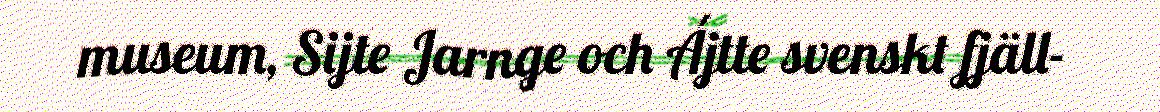
museum, Sijte Jarnge och Ájtte svenskt fjäll-